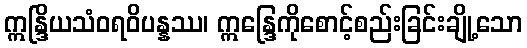
ဣန္ဒြိယသံဝရဝိပန္နဿ၊ ဣန္ဒြေကိုစောင့်စည်းခြင်းချို့သော